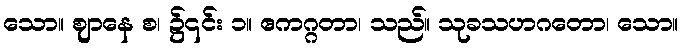
သော။ ဈာနေ စ၊ ၌၎င်း ၁။ ဧကဂ္ဂတာ၊ သည်။ သုခသဟဂတော၊ သော။